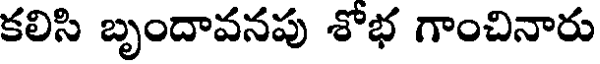
కలిసి బృందావనపు శోభ గాంచినారు